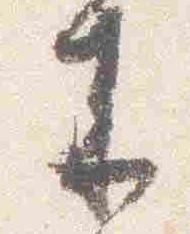
来